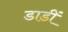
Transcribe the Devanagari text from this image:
डाडीं